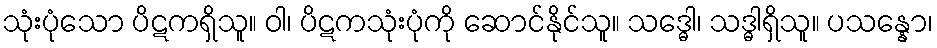
သုံးပုံသော ပိဋကရှိသူ။ ဝါ၊ ပိဋကသုံးပုံကို ဆောင်နိုင်သူ။ သဒ္ဓေါ၊ သဒ္ဓါရှိသူ။ ပသန္နော၊